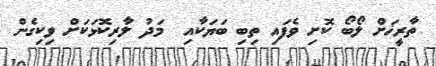
ތާރީޚަށް ލޯބޯ ކޮށި ވެފައި ތިބި ބަޔަކާއި  މަދު ލާރިކޮޅަކަށް ވިކިގެން